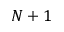
N + 1